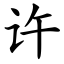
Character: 许